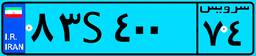
۸۶S۴۲۶۳۸